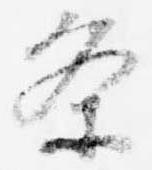
条